Report on the nature of kala-azar
Disease focus: Kala-Azar
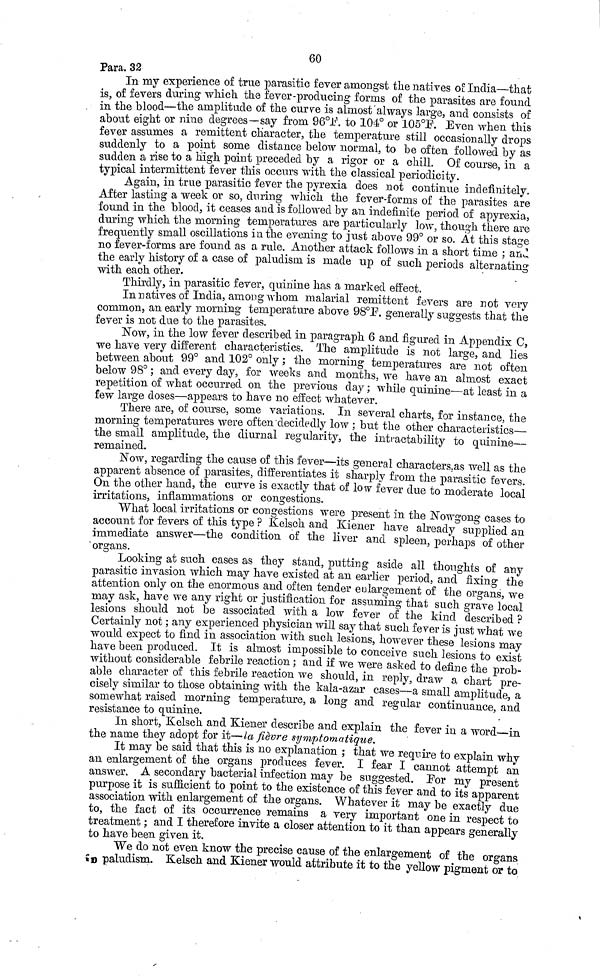
60
Para. 32
In my experience of true parasitic fever amongst the natives of India—that
is, of fevers during which the fever-producing forms of the parasites are found
in the blood—the amplitude of the curve is almost always large, and consists of
about eight or nine degrees—say from 96° F. to 104° or 105°F. Even when this
fever assumes a remittent character, the temperature still occasionally drops
suddenly to a point some distance below normal, to be often followed by as
sudden a rise to a high point preceded by a rigor or a chill. Of course, in a
typical intermittent fever this occurs with the classical periodicity.
Again, in true parasitic fever the pyrexia does not continue indefinitely.
After lasting a week or so, during which the fever-forms of the parasites are
found in the blood, it ceases and is followed by an indefinite period of apyrexia,
during which the morning temperatures are particularly low, though there are
frequently small oscillations in the evening to just above 99° or so. At this stage
no fever-forms are found as a rule. Another attack follows in a short time ; and
the early history of a case of paludism is made up of such periods alternating
with each other.
Thirdly, in parasitic fever, quinine has a marked effect.
In natives of India, among whom malarial remittent fevers are not very
common, an early morning temperature above 98°P. generally suggests that the
fever is not due to the parasites.
Now, in the low fever described in paragraph 6 and figured in Appendix C,
we have very different characteristics. The amplitude is not large, and lies
between about 99° and 102° only ; the morning temperatures are not often
below 98° ; and every day, for weeks and months, we have an almost exact
repetition of what occurred on the previous clay ; while quinine—at least in a
few large doses—appears to have no effect whatever.
There are, of course, some variations. In several charts, for instance, the
morning temperatures were often decidedly low ; but the other characteristics—
the small amplitude, the diurnal regularity, the intractability to quinine—
remained.
Now, regarding the cause of this fever—its general characters as well as the
apparent absence of parasites, differentiates it sharply from the parasitic fevers.
On the other hand, the curve is exactly that of low fever clue to moderate local
irritations, inflammations or congestions.
What local irritations or congestions were present in the Nowgong cases to
account for fevers of this type ? Kelsch and Kiener have already supplied an
immediate answer—the condition of the liver and spleen, perhaps of other
organs.
Looking at such cases as they stand, putting aside all thoughts of any
parasitic invasion which may have existed at an earlier period, and fixing the
attention only on the enormous and often tender eulargement of the organs, we
may ask, have we any right or justification for assuming that such grave local
lesions should not be associated with a low fever of the kind described ?
Certainly not ; any experienced physician will say that such fever is just what we
would expect to find in association with such lesions, however these lesions may
have been produced. It is almost impossible to conceive such lesions to exist
without considerable febrile reaction ; and if we were asked to define the prob-
able character of this febrile reaction we should, in reply, draw a chart pre-
cisely similar to those obtaining with the kala-azar cases—a small amplitude, a
somewhat raised morning temperature, a long and regular continuance, and
resistance to quinine.
In short, Kelsch and Kiener describe and explain the fever in a word—in
the name they adopt for it—la fièvre symptomatique.
It may be said that this is no explanation ; that we require to explain why
an enlargement of the organs produces fever. I fear I cannot attempt an
answer. A secondary bacterial infection may be suggested. Por my present
purpose it is sufficient to point to the existence of this fever and to its apparent
association with enlargement of the organs. Whatever it may be exactly due
to, the fact of its occurrence remains a very important one in respect to
treatment ; and I therefore invite a closer attention to it than appears generally
to have been given it.
We do not even know the precise cause of the enlargement of the organs
paludism.
Kelsch and Kiener would attribute it to the yellow pigment or to